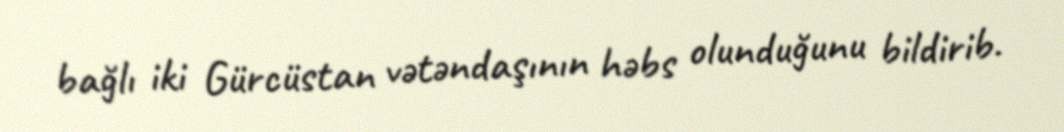
bağlı iki Gürcüstan vətəndaşının həbs olunduğunu bildirib.